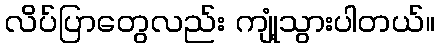
လိပ်ပြာတွေလည်း ကျုံ့သွားပါတယ်။